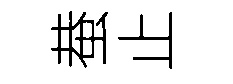
蛬止